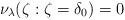
LaTeX: \begin{align*}\nu_\lambda(\zeta:\zeta=\delta_0)=0\end{align*}